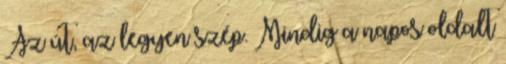
Az út, az legyen szép. Mindig a napos oldalt